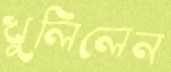
খুলিলেন